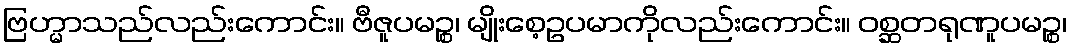
ဗြဟ္မာသည်လည်းကောင်း။ ဗီဇူပမဉ္စ၊ မျိုးစေ့ဥပမာကိုလည်းကောင်း။ ဝစ္ဆတရုဏူပမဉ္စ၊